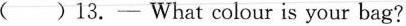
( )13.- What colour is your bag?